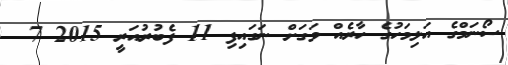
ސޯނަމްގެ އަލިމަހުގެ ހާރެއް ވަގަށް ނަގައިފި 11 ފެބުރުއަރީ 2015 7